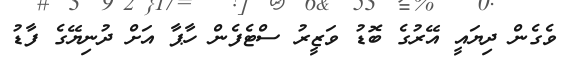
ވެގެން ދިޔައީ އޭރުގެ ބޮޑު ވަޒީރު ސްޓެފެން ހާޕާ އަށް ދުނިޔޭގެ ފާޑު